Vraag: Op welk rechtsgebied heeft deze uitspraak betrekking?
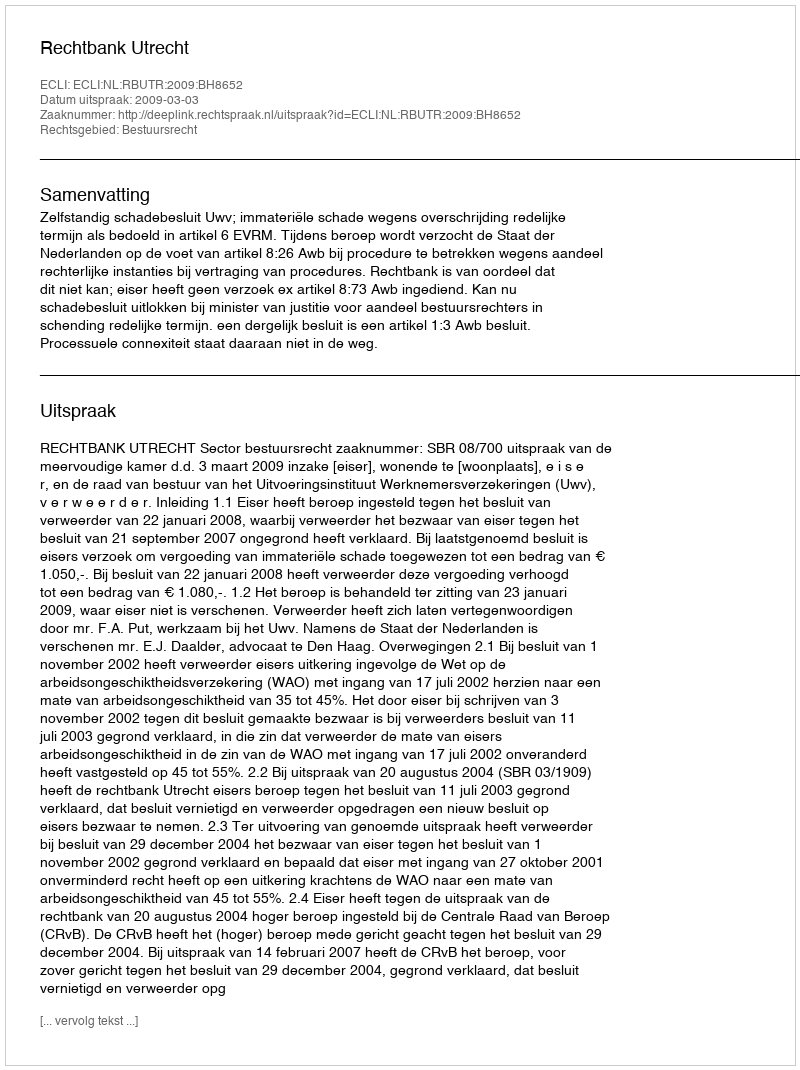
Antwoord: Bestuursrecht